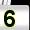
Digit: 5